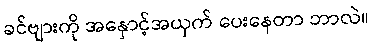
ခင်ဗျားကို အနှောင့်အယှက် ပေးနေတာ ဘာလဲ။